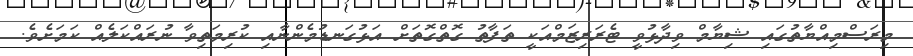
މިރަސްމިއްޔާތުގައި ޝިޔާމް ވިދާޅުވީ ޓެރަރިޒަމްއަކީ ތަފާތު ގޮތްގޮތަށް އަޅުގަނޑުމެންނާއި ކުރިމަތިވާ ނުރައްކަލެއް ކަމަށެވެ.